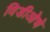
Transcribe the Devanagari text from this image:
विडीओचे